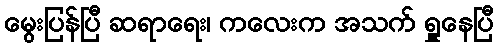
မွေးပြန်ပြီ ဆရာရေး၊ ကလေးက အသက် ရှူနေပြီ